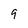
Character: 9